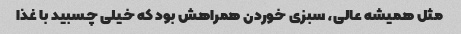
مثل همیشه عالی، سبزی خوردن همراهش بود که خیلی چسبید با غذا